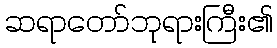
ဆရာတော်ဘုရားကြီး၏